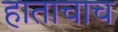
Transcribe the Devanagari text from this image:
हाताचाच